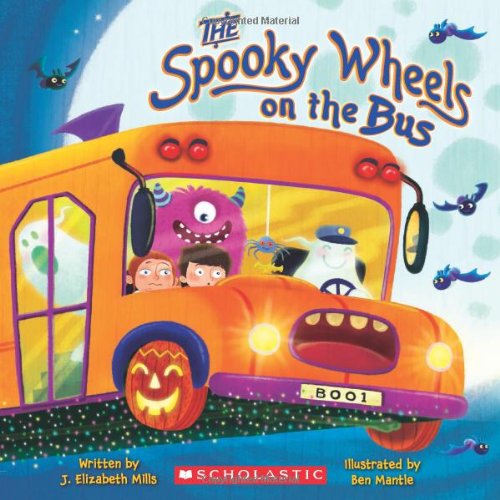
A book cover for The Spooky Wheels on the Bus; J. Elizabeth Mills; Children's Books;